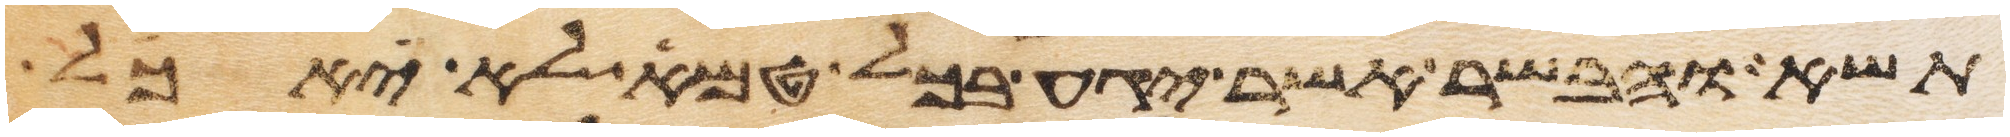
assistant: תשא והבשר אשר יגע בכל טמא לא יאכל